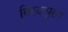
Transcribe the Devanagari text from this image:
विरदापुरम